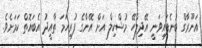
އަނޫރާގް ބުނެފައިވަނީ އޭދިލްހޭ މުޝްކިލް އަށް އޭނާގެ ފުރިހަމަ ތާއީދު އެބައޮތް ކަމަށެވެ.